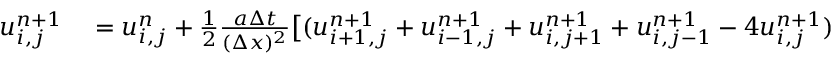
\begin{array} { r l } { u _ { i , j } ^ { n + 1 } } & { { } = u _ { i , j } ^ { n } + { \frac { 1 } { 2 } } { \frac { a \Delta t } { ( \Delta x ) ^ { 2 } } } { \big [ } ( u _ { i + 1 , j } ^ { n + 1 } + u _ { i - 1 , j } ^ { n + 1 } + u _ { i , j + 1 } ^ { n + 1 } + u _ { i , j - 1 } ^ { n + 1 } - 4 u _ { i , j } ^ { n + 1 } ) } \end{array}